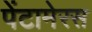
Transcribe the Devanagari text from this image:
पेंटामेरस